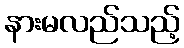
နားမလည်သည့်